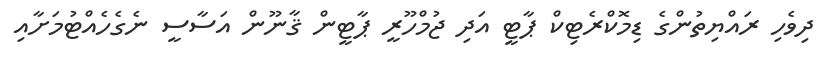
ދިވެހި ރައްޔިތުންގެ ޑިމޮކްރެޓިކް ޕާޓީ އަދި ޖުމްހޫރީ ޕާޓީން ޤާނޫން އަސާސީ ނެގެހެއްޓުމަށާއި